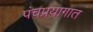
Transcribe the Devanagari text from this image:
पंचप्रयागात